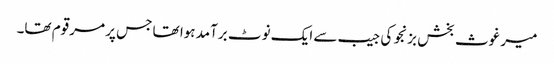
میر غوث بخش بزنجو کی جیب سے ایک نوٹ برآمد ہوا تھا جس پر مرقوم تھا۔